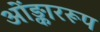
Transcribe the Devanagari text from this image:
ओंङ्काररूप